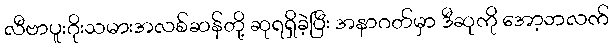
လီဗာပူးဂိုးသမားအလစ်ဆန်တို့ ဆုရရှိခဲ့ပြီး အနာဂတ်မှာ ဒီဆုကို အော့ဘလက်